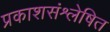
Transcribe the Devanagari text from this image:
प्रकाशसंश्लेषित